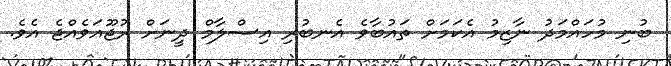
ބުނި މުހައްމަދު ނާޒިމު އެކަމަށް ތައުބާވެ އެނބުރި އިސްލާމް ދީނަށް ރުޖޫއަވެއްޖެ އެވެ.